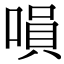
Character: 𠹚